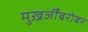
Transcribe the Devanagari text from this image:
मुख़र्जींबरोबर